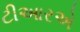
ટીઆરએ